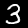
Label: 3